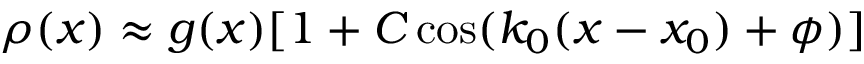
\rho ( x ) \approx g ( x ) [ 1 + C \cos ( k _ { 0 } ( x - x _ { 0 } ) + \phi ) ]